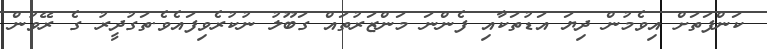
ކަންފަތަށް އިވެމުން ދިޔަ އަޑުތަކާއި ފެންނަ މަންޒަރުތައް ގަބޫލު ނުކުރެވިފައެވެ.ތަގުދީރު ގެ ރޭވުން